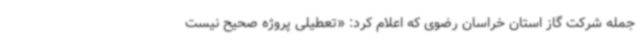
جمله شرکت گاز استان خراسان رضوی که اعلام کرد: «تعطیلی پروژه صحیح نیست